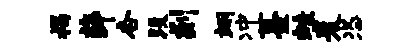
揭薛杏段剡翊冲薹蛙麦恣